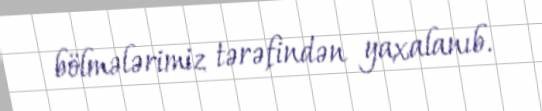
bölmələrimiz tərəfindən yaxalanıb.